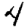
Digit: 4